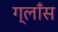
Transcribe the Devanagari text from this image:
ग्लाँस